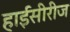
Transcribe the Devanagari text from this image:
हाईसीरीज